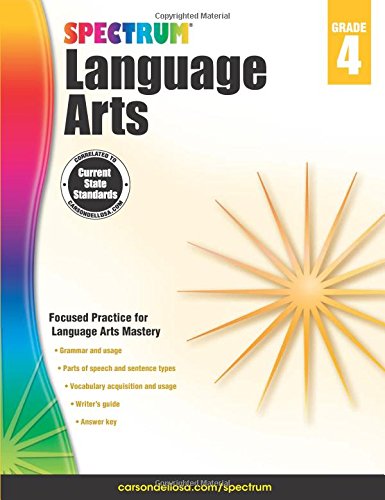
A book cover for Spectrum Language Arts, Grade 4; Children's Books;